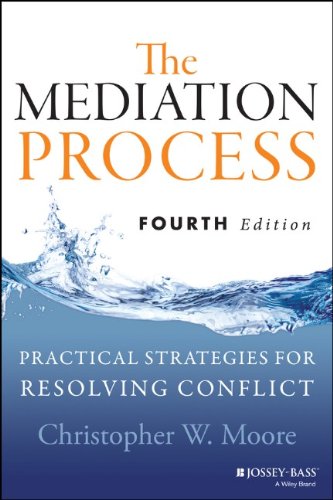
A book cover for The Mediation Process: Practical Strategies for Resolving Conflict; Christopher W. Moore; Law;